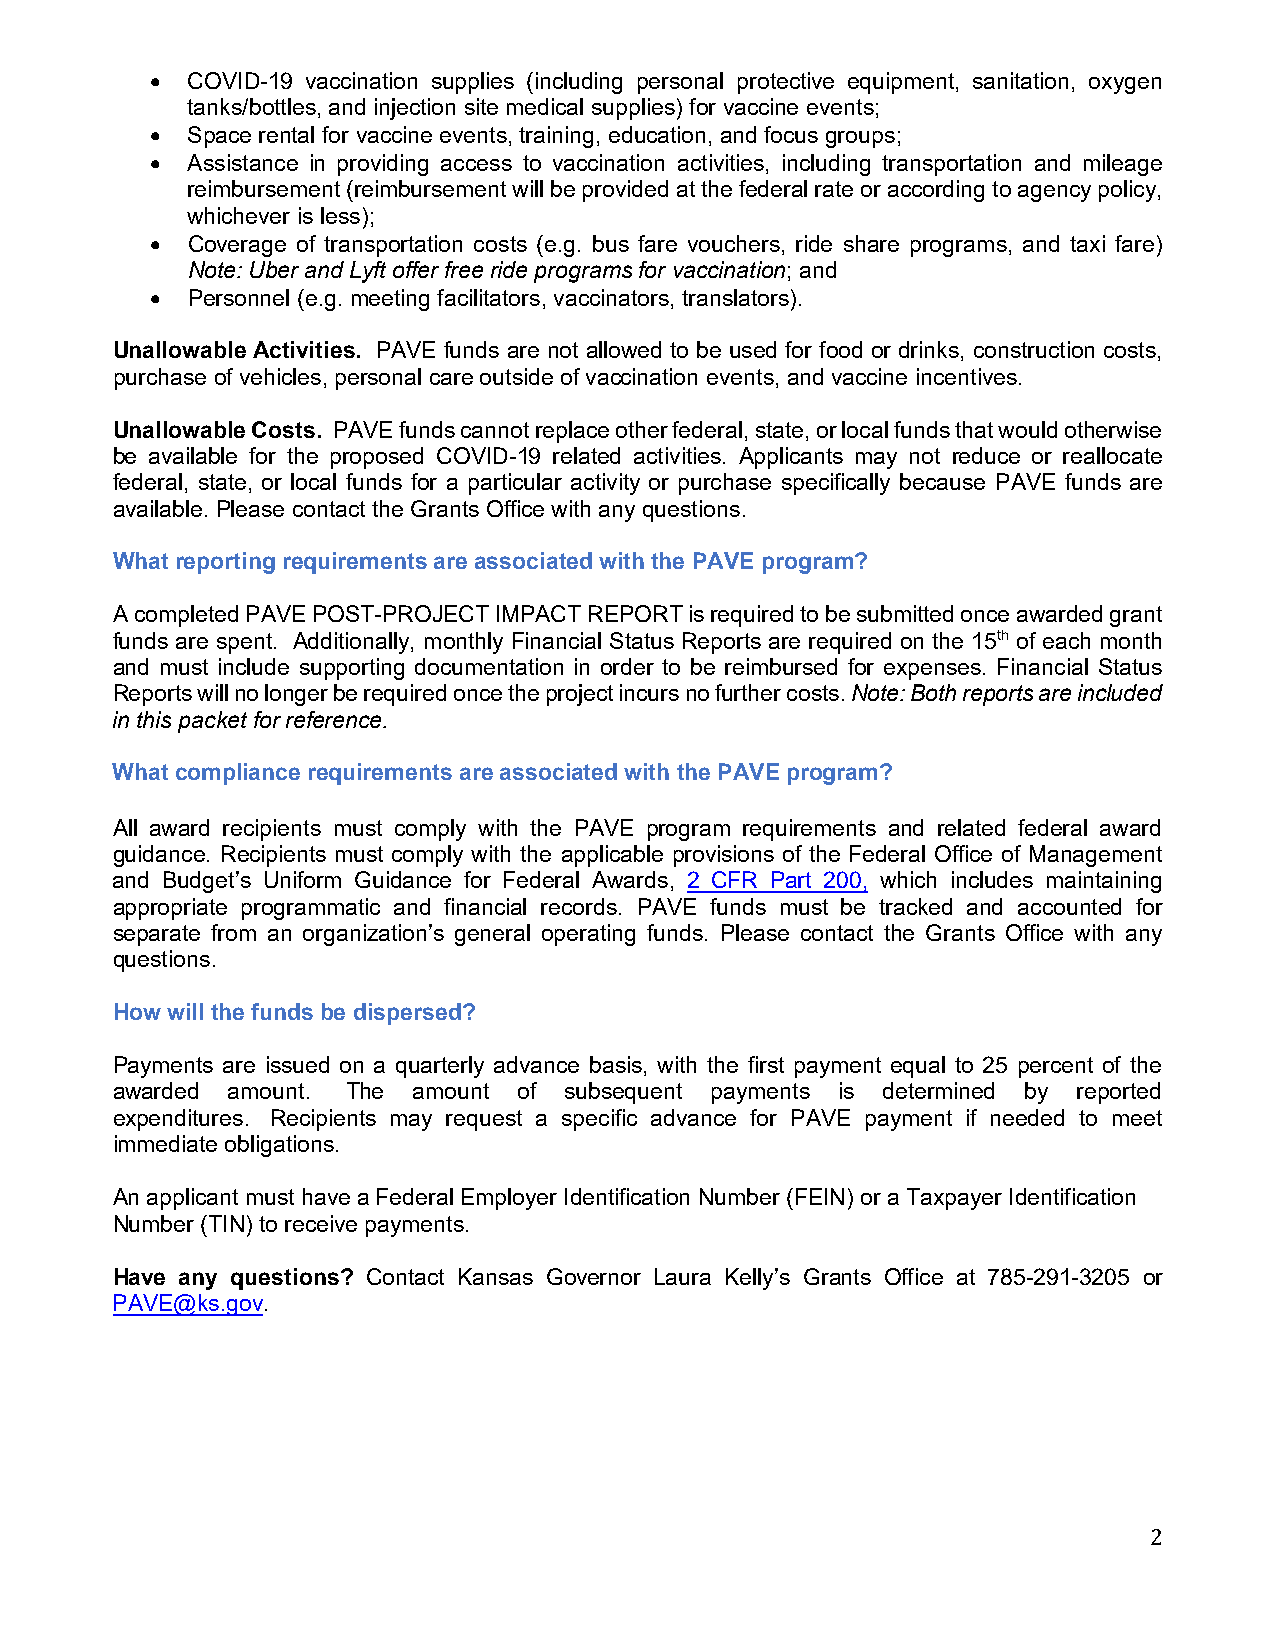
• COVID-19 vaccination supplies (including personal protective equipment, sanitation, oxygen
 tanks/bottles, and injection site medical supplies) for vaccine events;
 • Space rental for vaccine events, training, education, and focus groups;
 • Assistance in providing access to vaccination activities, including transportation and mileage
 reimbursement (reimbursement will be provided at the federal rate or according to agency policy,
 whichever is less);
 • Coverage of transportation costs (e.g. bus fare vouchers, ride share programs, and taxi fare)
 Note: Uber and Lyft offer free ride programs for vaccination; and
 • Personnel (e.g. meeting facilitators, vaccinators, translators).
 Unallowable Activities. PAVE funds are not allowed to be used for food or drinks, construction costs,
 purchase of vehicles, personal care outside of vaccination events, and vaccine incentives.
 Unallowable Costs. PAVE funds cannot replace other federal, state, or local funds that would otherwise
 be available for the proposed COVID-19 related activities. Applicants may not reduce or reallocate
 federal, state, or local funds for a particular activity or purchase specifically because PAVE funds are
 available. Please contact the Grants Office with any questions.
 What reporting requirements are associated with the PAVE program?
 A completed PAVE POST-PROJECT IMPACT REPORT is required to be submitted once awarded grant
 funds are spent. Additionally, monthly Financial Status Reports are required on the 15th of each month
 and must include supporting documentation in order to be reimbursed for expenses. Financial Status
 Reports will no longer be required once the project incurs no further costs. Note: Both reports are included
 in this packet for reference.
 What compliance requirements are associated with the PAVE program?
 All award recipients must comply with the PAVE program requirements and related federal award
 guidance. Recipients must comply with the applicable provisions of the Federal Office of Management
 and Budget’s Uniform Guidance for Federal Awards, 2 CFR Part 200, which includes maintaining
 appropriate programmatic and financial records. PAVE funds must be tracked and accounted for
 separate from an organization’s general operating funds. Please contact the Grants Office with any
 questions.
 How will the funds be dispersed?
 Payments are issued on a quarterly advance basis, with the first payment equal to 25 percent of the
 awarded amount. The amount of subsequent payments is determined by reported
 expenditures. Recipients may request a specific advance for PAVE payment if needed to meet
 immediate obligations.
 An applicant must have a Federal Employer Identification Number (FEIN) or a Taxpayer Identification
 Number (TIN) to receive payments.
 Have any questions? Contact Kansas Governor Laura Kelly’s Grants Office at 785-291-3205 or
 PAVE@ks.gov.
 2